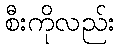
စီးကိုလည်း